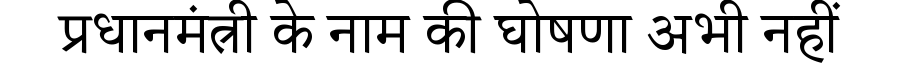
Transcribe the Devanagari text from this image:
प्रधानमंत्री के नाम की घोषणा अभी नहीं